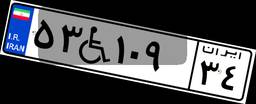
۷۶W۸۷۲۶۱